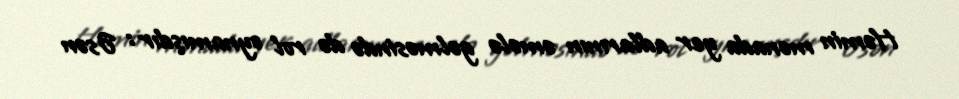
Həmin mənada yer adlarının əmələ gəlməsində də rol oynamışdır : Əsən